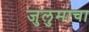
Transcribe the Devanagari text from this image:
जुलुमाचा